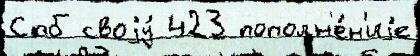
Спб своjу́ 423 пополн'е́н'иjе